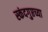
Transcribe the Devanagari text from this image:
स्कंदगुप्तच्या